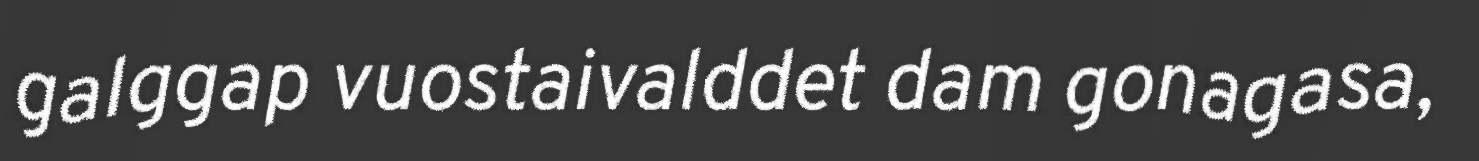
galggap vuostaivalddet dam gonagasa,